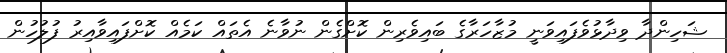
ޝަހިންދާ ވިދާޅުވެފައިވަނީ މުޒާހަރާގެ ބައިވެރިން ކޮށްގެން ނުވާނެ އެތައް ކަމެއް ކޮށްފައިވާއިރު ފުލުހުން